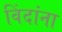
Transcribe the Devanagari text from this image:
विंदांना